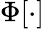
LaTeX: \Phi[\cdot]